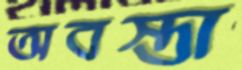
অবস্তা